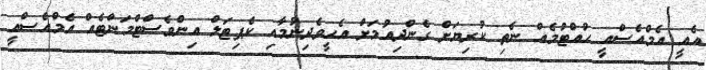
އެއީ އެމްއެސްއީ ހުއްޓުމެއް ނެތި ކުރިޔަށް ގެންދިއުމަށް އެހީވެދިނުމާއި ކެޕިޓަލް އިންވެސްޓްމަންޓެއް އެމްއެސްއީ